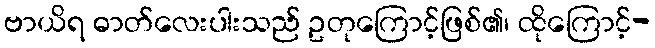
ဗာယိရ ဓာတ်လေးပါးသည် ဥတုကြောင့်ဖြစ်၏၊ ထိုကြောင့်-